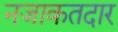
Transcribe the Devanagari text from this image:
नजाकतदार